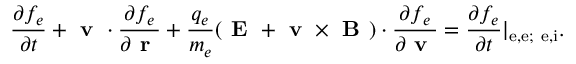
\frac { \partial f _ { e } } { \partial t } + \textbf { v } \cdot \frac { \partial f _ { e } } { \partial \textbf { r } } + \frac { q _ { e } } { m _ { e } } ( \textbf { E } + { \textbf { v } \times \textbf { B } } ) \cdot \frac { \partial f _ { e } } { \partial \textbf { v } } = \frac { \partial f _ { e } } { \partial t } | _ { \mathrm { e , e ; ~ e , i } } .